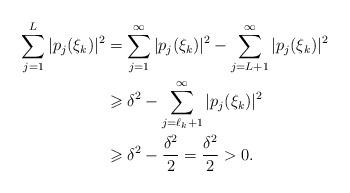
LaTeX: \begin{align*}\sum_{j = 1}^{L} |p_{j}(\xi_k)|^2 & = \sum_{j = 1}^{\infty} |p_j(\xi_k)|^2 - \sum_{j = L + 1}^{\infty} |p_j(\xi_k)|^2\\& \geqslant \delta^2 - \sum_{j = \ell_k + 1}^{\infty} |p_j(\xi_k)|^2\\& \geqslant \delta^2 - \frac{\delta^2}{2} = \frac{\delta^2}{2} > 0.\end{align*}